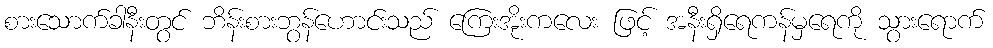
စားသောက်ခါနီးတွင် ဘိန်းစားဘွန်ဟောင်းသည် ကြေးအိုးကလေး ဖြင့် အနီးရှိရေကန်မှရေကို သွားရောက်